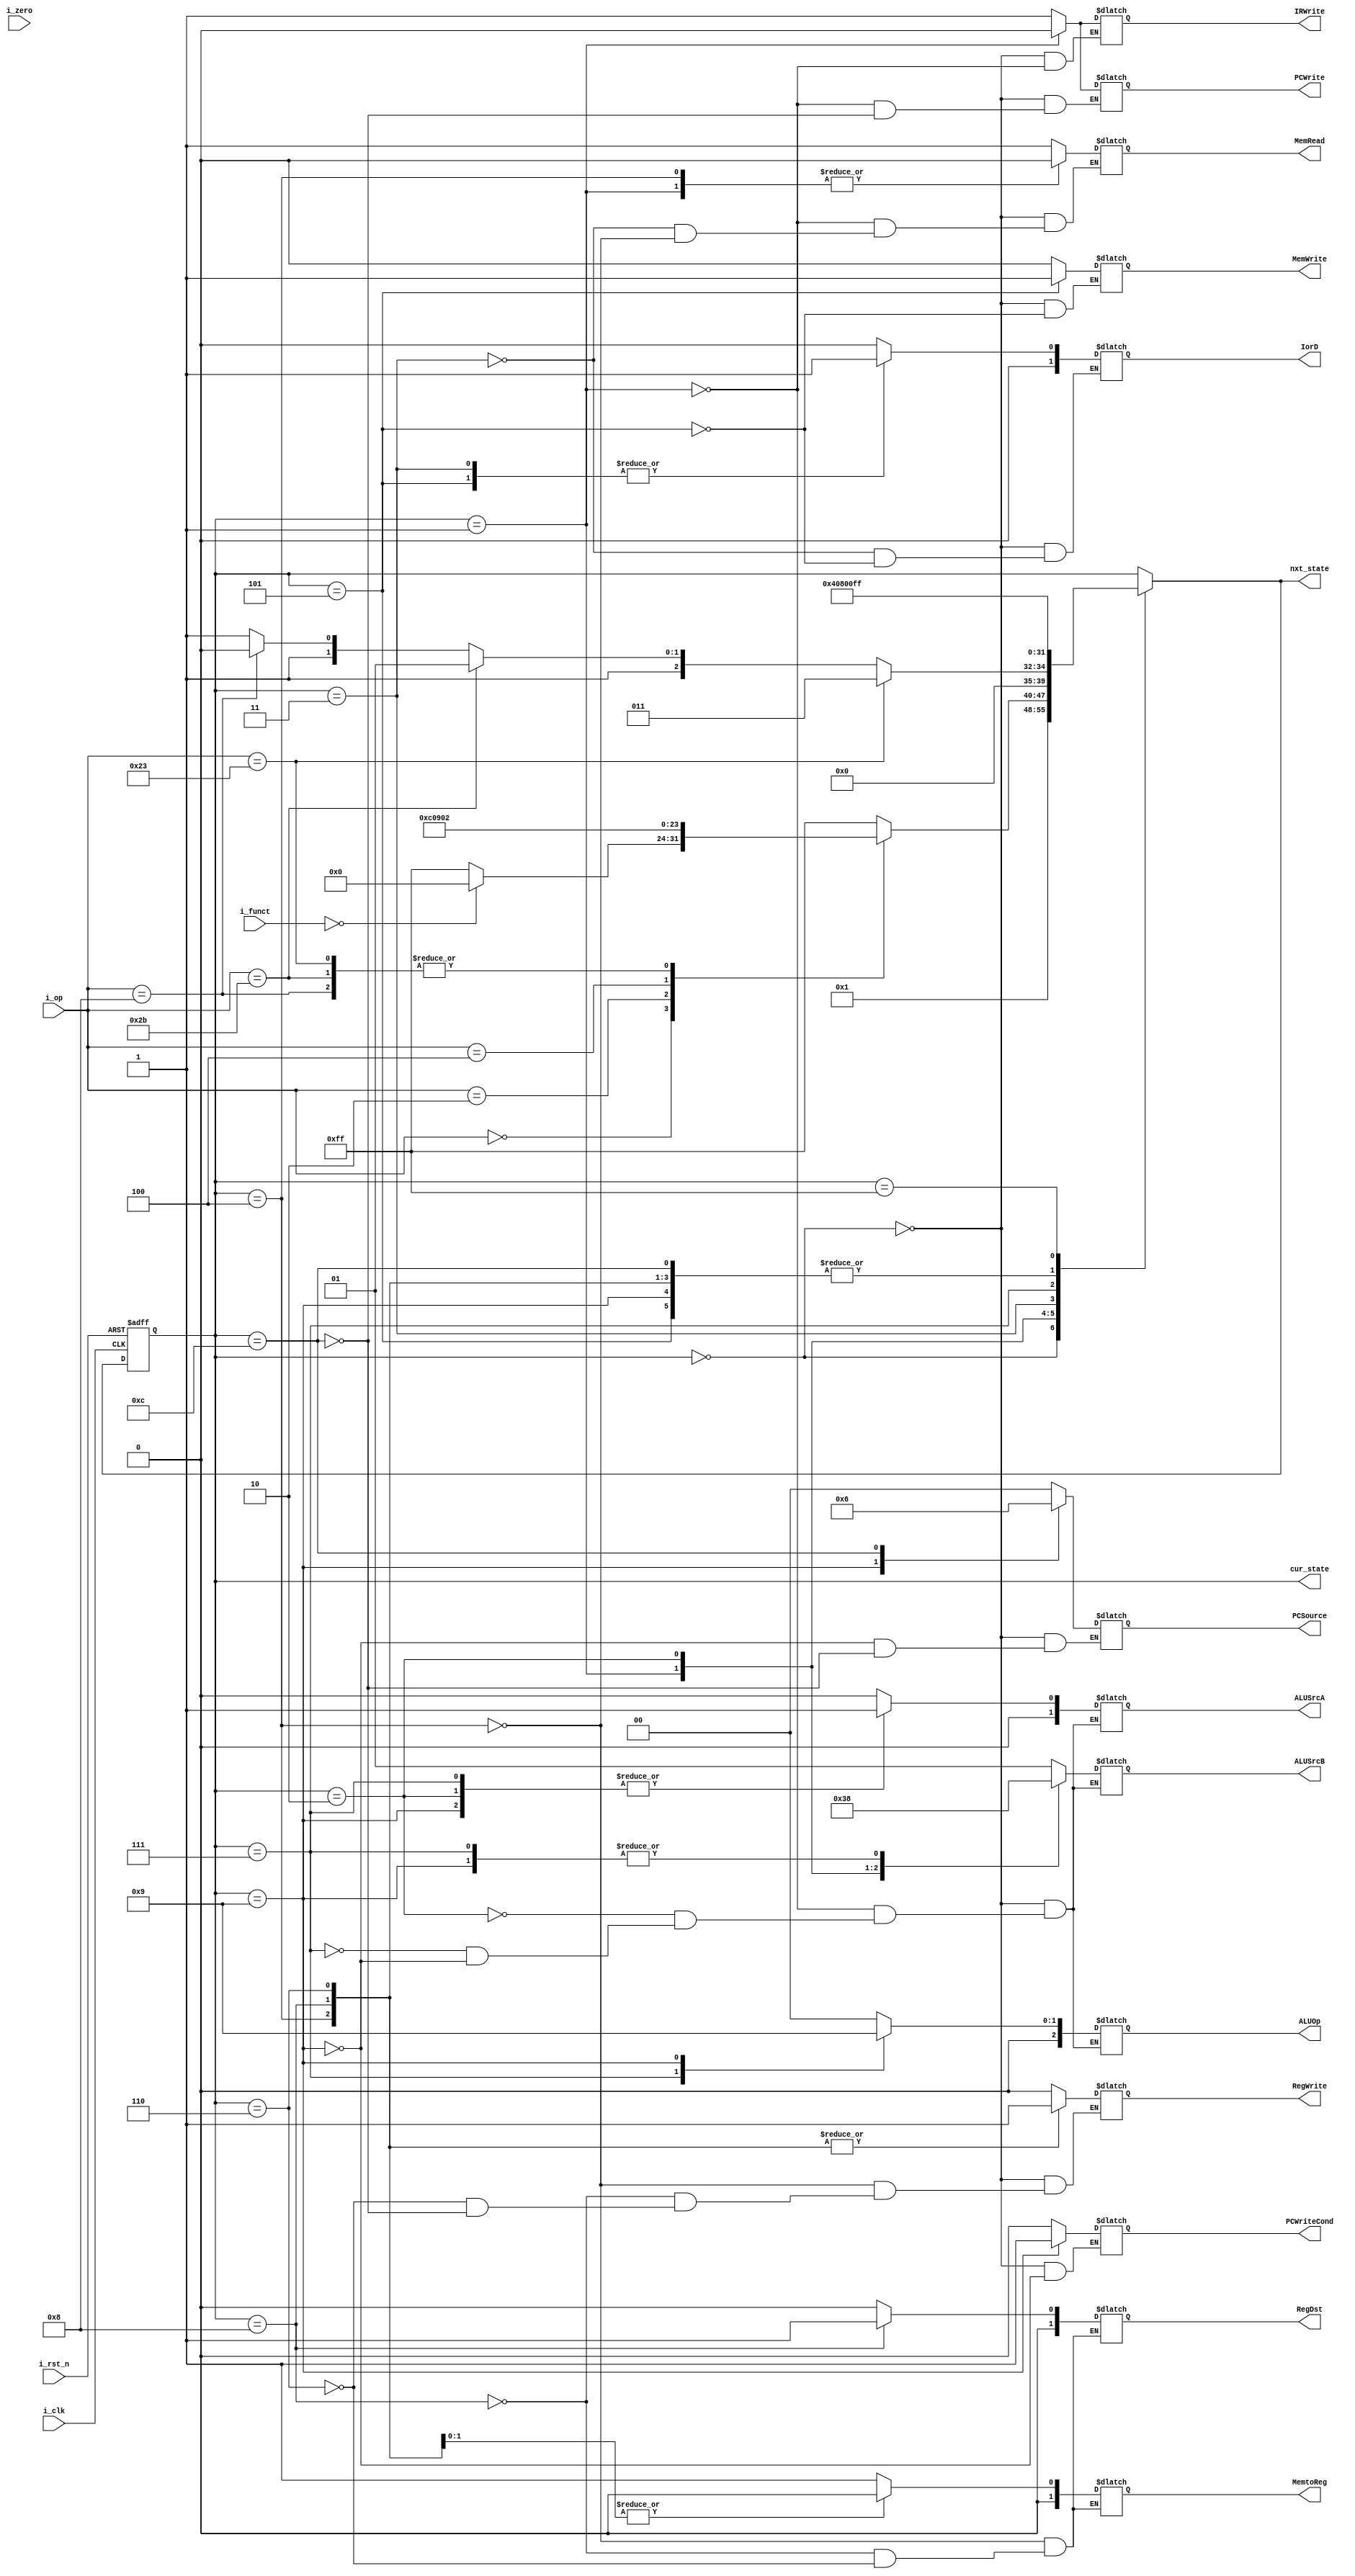
`timescale 1ns / 1ps

module MainFSM(i_clk, i_rst_n, i_op, i_funct, i_zero, PCWriteCond, PCWrite, IorD, MemRead, MemWrite, MemtoReg, IRWrite, PCSource, 
           ALUOp, ALUSrcB, ALUSrcA, RegWrite, RegDst, cur_state, nxt_state);
			  
	input [5:0] i_op, i_funct;
	input i_clk, i_rst_n, i_zero;
	output reg IRWrite, MemRead, MemWrite, PCWrite, PCWriteCond, RegWrite;
	output reg[1:0] IorD, MemtoReg, PCSource, ALUSrcA, ALUSrcB, RegDst;
	output reg[2:0] ALUOp;
	output [7:0] cur_state, nxt_state;
	reg [7:0] state, next;
	
	parameter Fetch = 0;
	parameter Decode = 1;
	parameter Mem_Adr = 2;
	parameter Mem_Read = 3;
	parameter Mem_Writeback = 4;
	parameter Mem_Write = 5;
	parameter ADDI_Writeback = 6;
	parameter Execute = 7;
	parameter ALU_Writeback = 8;
	parameter Branch = 9;
	parameter Jump = 12;
	parameter UnDefined = 255;
	
	assign cur_state = state;
	assign nxt_state = next;
	
	always@(posedge i_clk or negedge i_rst_n)begin //sequencial logic
		if(!i_rst_n)
			state <= Fetch;
		else 
			state <= next;
	end

	always@(state, i_op, i_zero)begin  // state & output logic
		next <= 4'bx;  
		case(state)

			Fetch: begin IorD <= 0; 
							 ALUSrcA <= 0;
							 ALUSrcB <= 2'b01;
							 ALUOp <= 3'b0;
							 PCSource <= 0;
							 IRWrite <= 1;
							 PCWrite <= 1;
							 MemRead <= 1;
							 MemWrite <= 0;// necessary, enable unset 
							 PCWriteCond <=0;// necessary, enable unset
							 RegWrite <=0;// necessary, enable unset
							 next <= Decode;
			end
			Decode: begin ALUSrcA <= 0;
							  ALUSrcB <= 2'b11;
							  ALUOp <= 3'b0;
							  MemRead <= 0;// necessary, enable unset, 
							  IRWrite <= 0; // necessary, enable unset
							  PCWrite <= 0; // necessary, enable unset
							  case(i_op)
							  0: begin
									if(i_funct == 6'b0) 	//NOP
										next <= Fetch;
									else
										next <= UnDefined;
							  end
							  2: next <= Jump; //j
							  4: next <= Branch; //beq
							  8: next <= Mem_Adr; //addi
							  
							  35: next <= Mem_Adr; //lw
							  43: next <= Mem_Adr; //sw
							  
							  default: next <= UnDefined;
							  endcase
					   end
			Mem_Adr: begin 
						ALUSrcA <= 1;
					   ALUSrcB <= 2'b10;
					   ALUOp <= 3'b0;
						if(i_op == 35) next <= Mem_Read;
					   else if(i_op == 43) next <= Mem_Write;
						else if(i_op == 8) next <= ADDI_Writeback;
					   else next <= Execute;
						end
			Mem_Read: begin
							 IorD <= 1;
							 MemRead <= 1;
						    next <= Mem_Writeback;
			end					  
			Mem_Writeback: begin 
						  RegDst <= 2'b00;
						  MemtoReg <= 1;
						  RegWrite <= 1;
						  MemRead <= 0;// necessary, enable unset,
						  next <= Fetch;
			end						
			Mem_Write: begin
						  IorD <= 1;
						  MemWrite <= 1;
						  next <= Fetch;
						  end
			Execute: begin
						  ALUSrcA <= 1;
					     ALUSrcB <= 0;
					     ALUOp <= 2;
					     next <= ALU_Writeback;
						  end
			ALU_Writeback: begin 
							 RegDst <= 2'b01;
						    MemtoReg <= 0;
						    RegWrite <= 1;
						    next <= Fetch;
							 end
			ADDI_Writeback: begin 
							 RegDst <= 2'b00;
						    MemtoReg <= 0;
						    RegWrite <= 1;
						    next <= Fetch;
							 end
			Branch: begin 
						  ALUSrcA <= 1;
					     ALUSrcB <= 0;
					     ALUOp <= 1;
					     PCSource <= 1;
					     PCWriteCond <= 1;
						  next <= Fetch;
						  end
			Jump: begin
					PCSource <=2;
					PCWrite <= 1;
					RegWrite <= 0;
					next <= Fetch;
					end
			UnDefined : begin
			    next <= UnDefined;
			    end
			default: next <= state;
		endcase
	end
endmodule